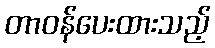
တာဝန်ပေးထားသည့်